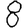
Digit: 8